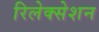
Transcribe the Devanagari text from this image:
रिलेक्सेशन